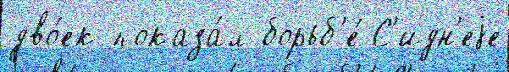
дво́ек показа́л борьб'е́ С'идн'еjе